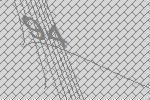
94